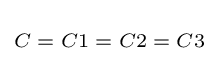
\scriptstyle C\;=\;C1\;=\;C2\;=\;C3